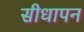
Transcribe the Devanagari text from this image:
सीधापन